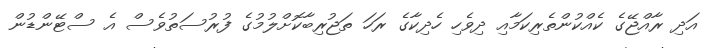
އަދި ރާއްޖޭގެ ކެއްކުންތެރިކަމާއި ދިވެހި ހެދިކާގެ ރަހަ ތަޖުރިބާކޮށްލުމުގެ ފުރުސަތުވެސް އެ ސްޓޭންޑުން